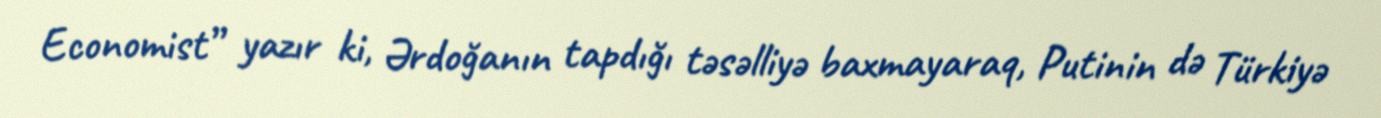
Economist” yazır ki, Ərdoğanın tapdığı təsəlliyə baxmayaraq, Putinin də Türkiyə